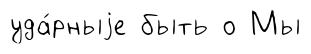
уда́рныjе быть о Мы